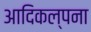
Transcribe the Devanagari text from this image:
आदिकल्पना